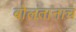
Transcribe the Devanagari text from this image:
बोलतानाच